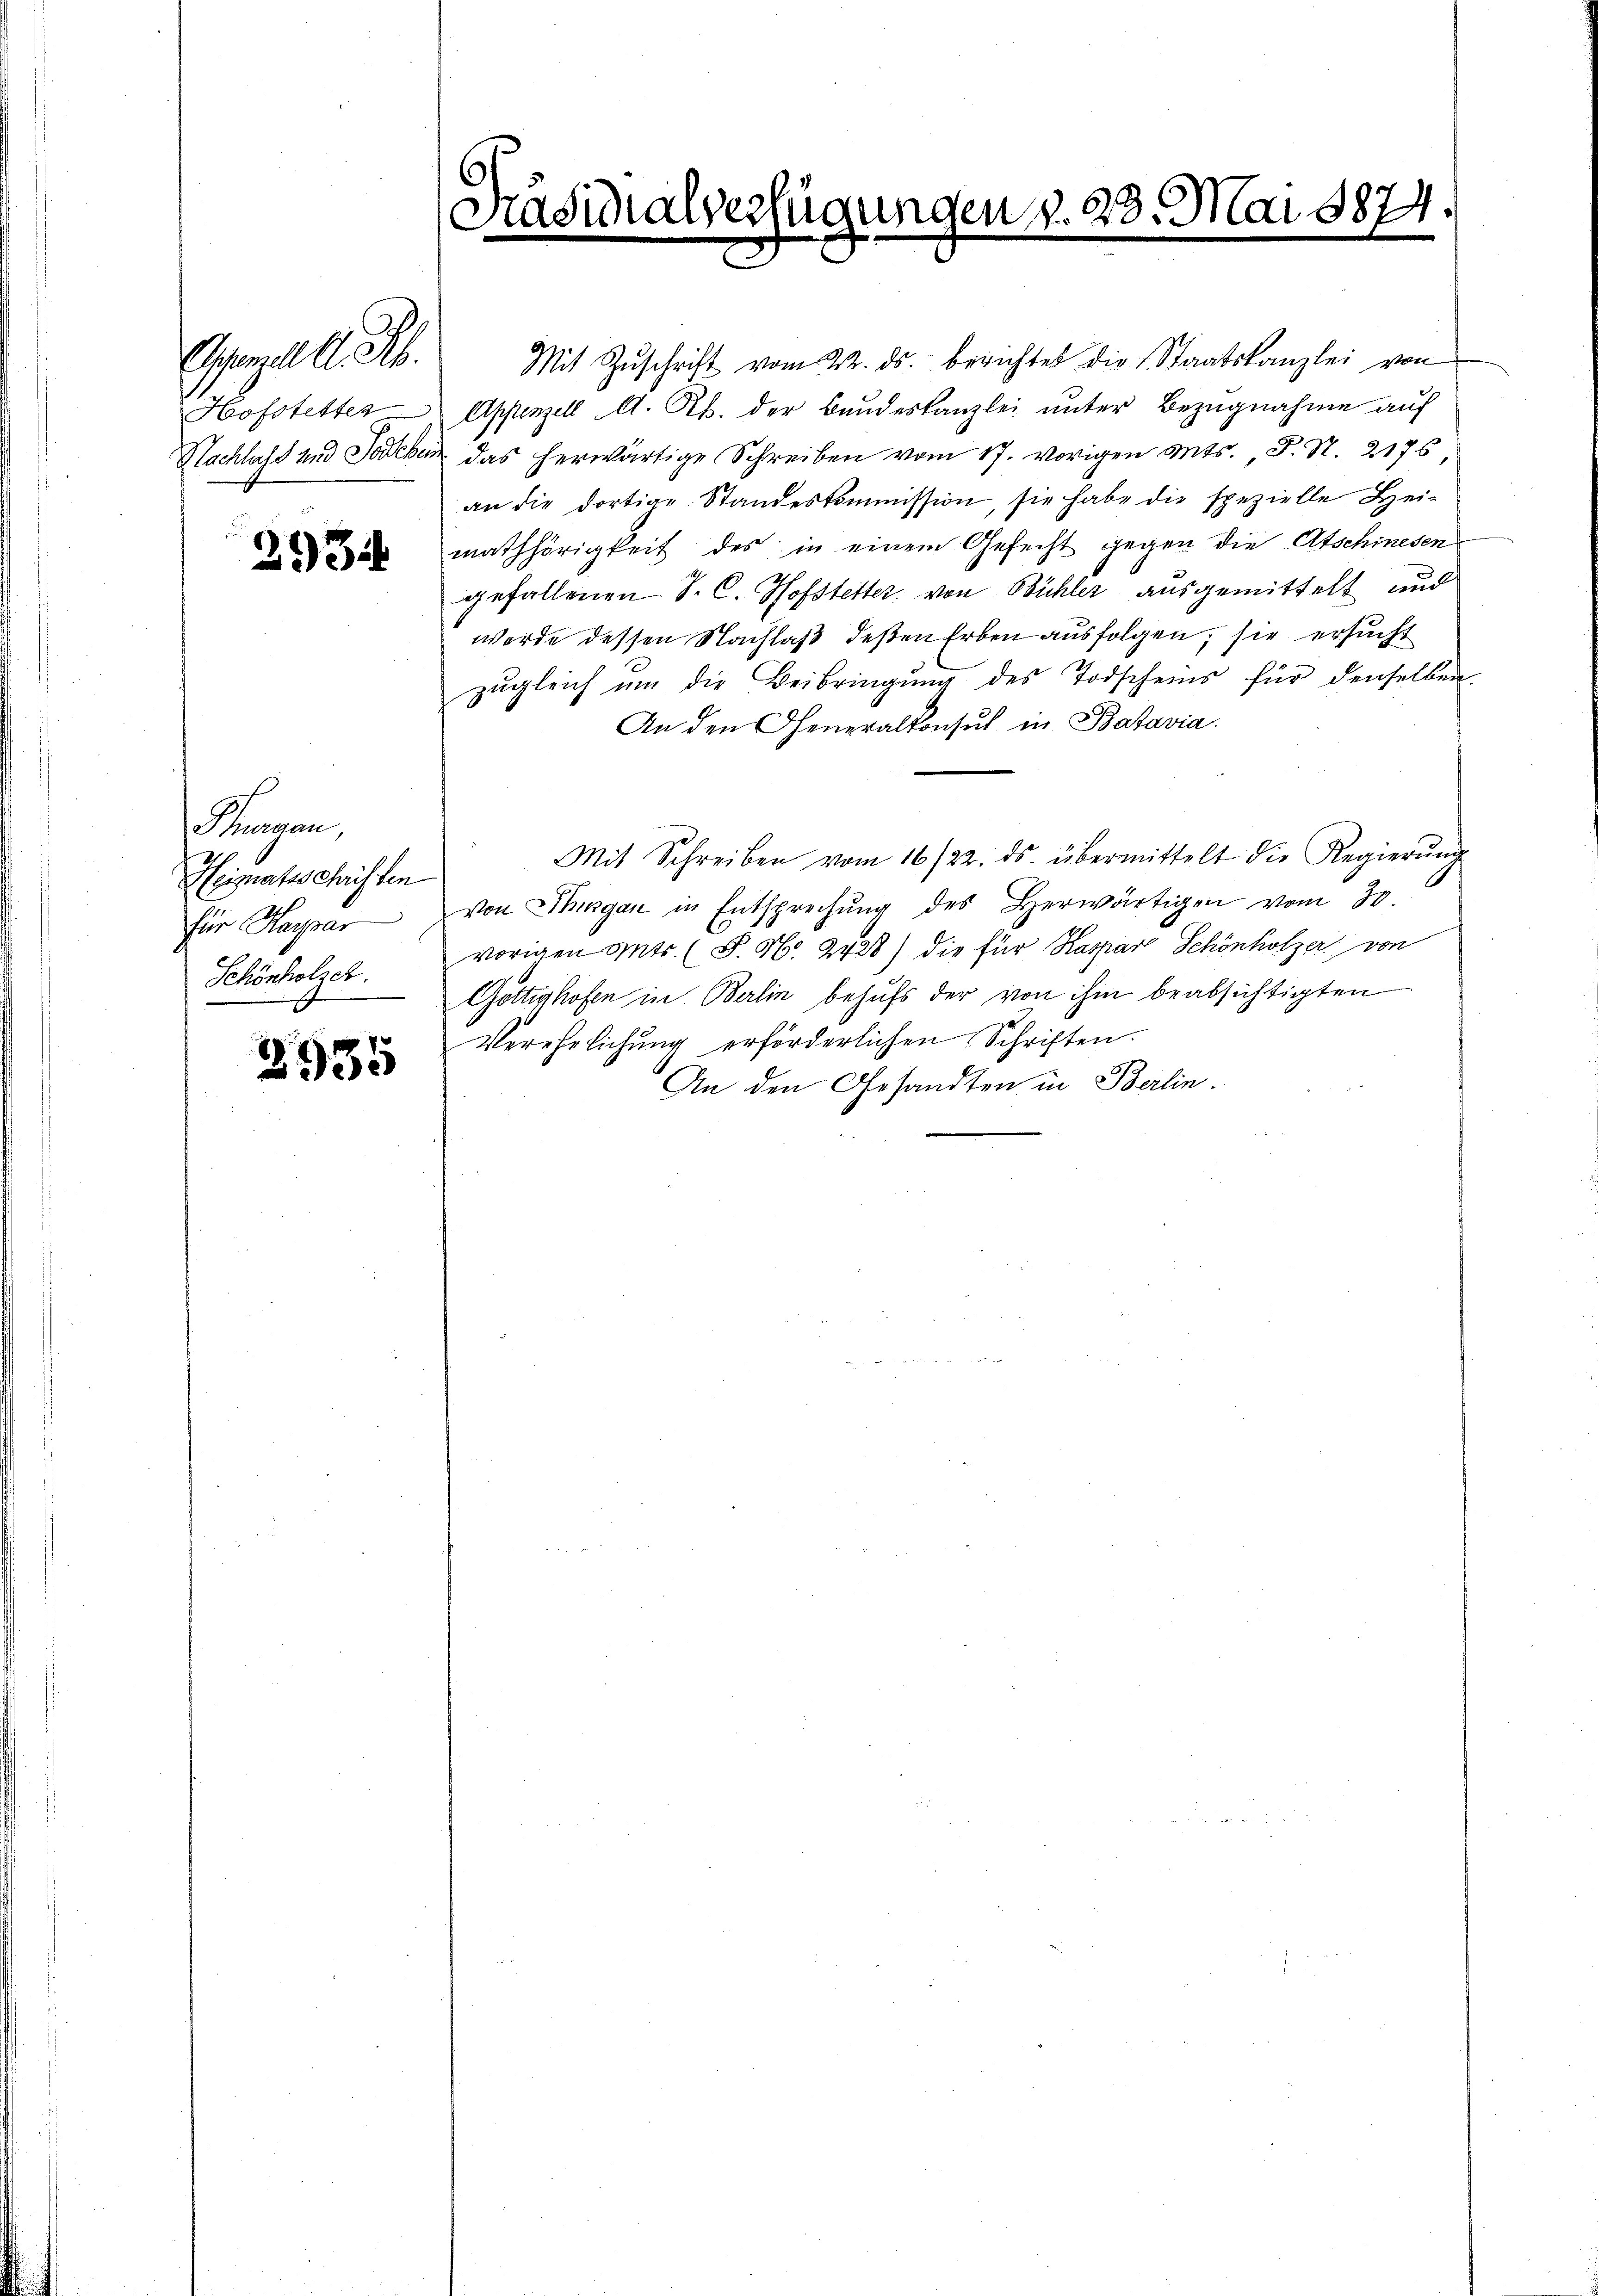
Ostenzell. Ph.
Hofstetter

393

2935

Kragen,
Heiznatsschriften
für Kaspar
Schönholzes.

Mit Zŭschrift vom 22. ds. berichtet die Staatskanzlei von
Appenzell A. R. der Bundeskanzlei unter Bezugnahme auf
Nachlicht und Sachen das herwärtige Schreiben vom 17. vorigen ents. F. S. 2176
an die dortige Standeskommission, sie habe die spezielle Heimathörigkeit des in einem Gefecht gegen die Atschinesen
gefallenen S. C. Hofstetter, von Bühler ausgemittelt und
werde dessen Nachlaß deßen Erben ausfolgen, sie ersucht
zŭgleich um die Beibringŭng des Todscheins für denselben
An den Generalkonsul in Batavia.
Mit Schreiben vom 16/22. ds. übermittelt die Regierŭng
von Thurgau in Entsprechŭng des Herwärtigen vom 30.
vorigen ents. (S. Nr. 2428) die für Kaspar Schönholzer von
Göttishofen in Berlin behufs der von ihm beabsichtigten
Verehrlichung erförderlichen Schriften.
An den Gesandten in Berlin.

Präsidialverfügungen v. 23. Mai 1874.
e